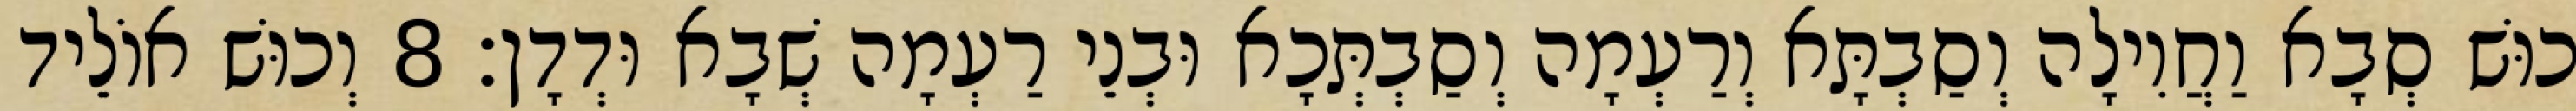
כוּשׁ סְבָא וַחֲוִילָה וְסַבְתָּא וְרַעְמָה וְסַבְתְּכָא וּבְנֵי רַעְמָה שְׁבָא וּדְדָן׃ 8 וְכוּשׁ אוֹלֵיד